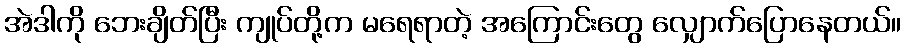
အဲဒါကို ဘေးချိတ်ပြီး ကျုပ်တို့က မရေရာတဲ့ အကြောင်းတွေ လျှောက်ပြောနေတယ်။